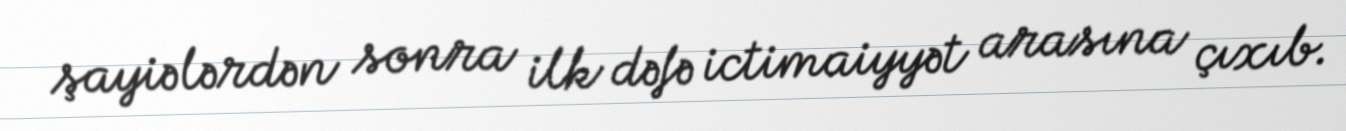
şayiələrdən sonra ilk dəfə ictimaiyyət arasına çıxıb.